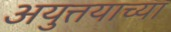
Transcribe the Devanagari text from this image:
अयुत्तयाच्या